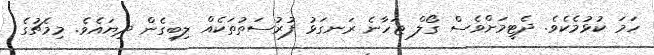
ހަމަ ކުޅުމެކެވެ. ދެޓީމަށްވެސް ގޯލް ޖަހާނެ ރަނގަޅު ފުރުސަތުތަކެއް ލިބިގެން ދިޔައެވެ. މިމެޗުގެ